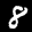
Label: 8